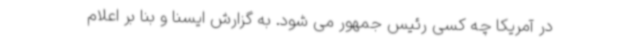
در آمریکا چه کسی رئیس جمهور می شود. به گزارش ایسنا و بنا بر اعلام